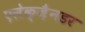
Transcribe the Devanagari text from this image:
एलेक्ज़ैनडर